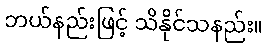
ဘယ်နည်းဖြင့် သိနိုင်သနည်း။